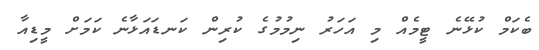
ބެކަމް ކުޅޭނެ ޓީމެއް މި އަހަރު ނިމުމުގެ ކުރިން ކަނޑައަޅާނެ ކަމަށް މީޑިއާ